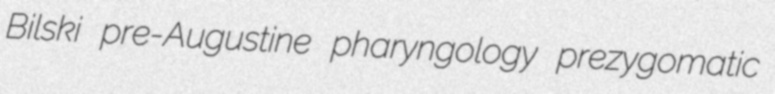
Bilski pre-Augustine pharyngology prezygomatic